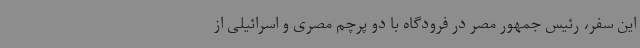
این سفر، رئیس‌ جمهور مصر در فرودگاه با دو پرچم مصری و اسرائیلی از